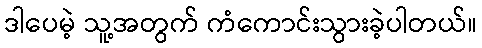
ဒါပေမဲ့ သူ့အတွက် ကံကောင်းသွားခဲ့ပါတယ်။